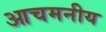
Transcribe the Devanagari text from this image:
आचमनीय